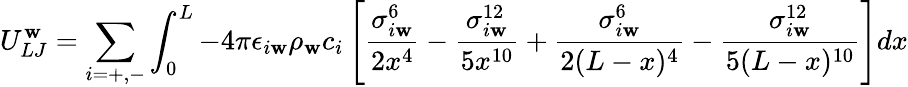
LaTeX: U_{LJ}^{\mathbf{w}}=\sum_{i=+,-}\int_{0}^{L}-4\pi\epsilon_{i\mathbf{w}}\rho_{\mathbf{w}}c_{i}\left[\frac{{\sigma_{i\mathbf{w}}^{6}}}{{2x^{4}}}-\frac{{\sigma_{i\mathbf{w}}^{12}}}{{5x^{10}}}+\frac{{\sigma_{i\mathbf{w}}^{6}}}{{2(L-x)^{4}}}-\frac{{\sigma_{i\mathbf{w}}^{12}}}{{5(L-x)^{10}}}\right]dx